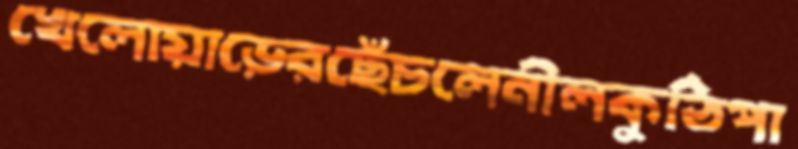
খেলোয়াড়েরছেঁচলেনীলকুঠিপা